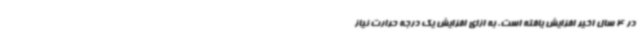
در 4 سال اخیر افزایش یافته است. به ازای افزایش یک درجه حرارت نیاز